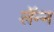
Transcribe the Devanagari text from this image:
लॅन्न